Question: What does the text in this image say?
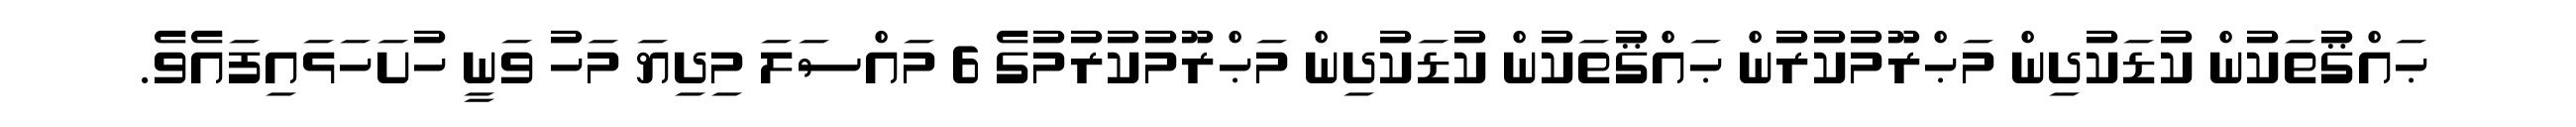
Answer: ޙައްޤުތަކުން ކުޑަކުދިން މަޙްރޫމުކުރުން ޙައްޤުތަކުން ކުޑަކުދިން މަޙްރޫމުކުރުމުގެ 6 މައްސަލަ މިދިޔަ މަހު ވަނީ ހުށަހަޅައިފައެވެ.